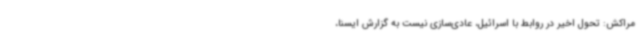
مراکش: تحول اخیر در روابط با اسرائیل، عادی‌سازی نیست به گزارش ایسنا،